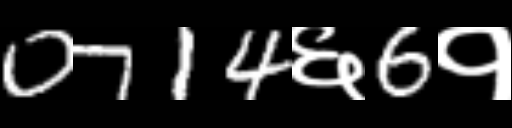
Text: 0714६6१